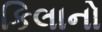
કિલાનો